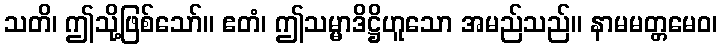
သတိ၊ ဤသို့ဖြစ်သော်။ ဧတံ၊ ဤသမ္မာဒိဋ္ဌိဟူသော အမည်သည်။ နာမမတ္တမေဝ၊